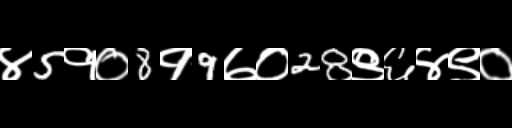
Text: ४5१०8१9७०28९६४९०